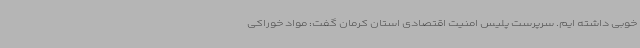
خوبی داشته ایم. سرپرست پلیس امنیت اقتصادی استان کرمان گفت: مواد خوراکی